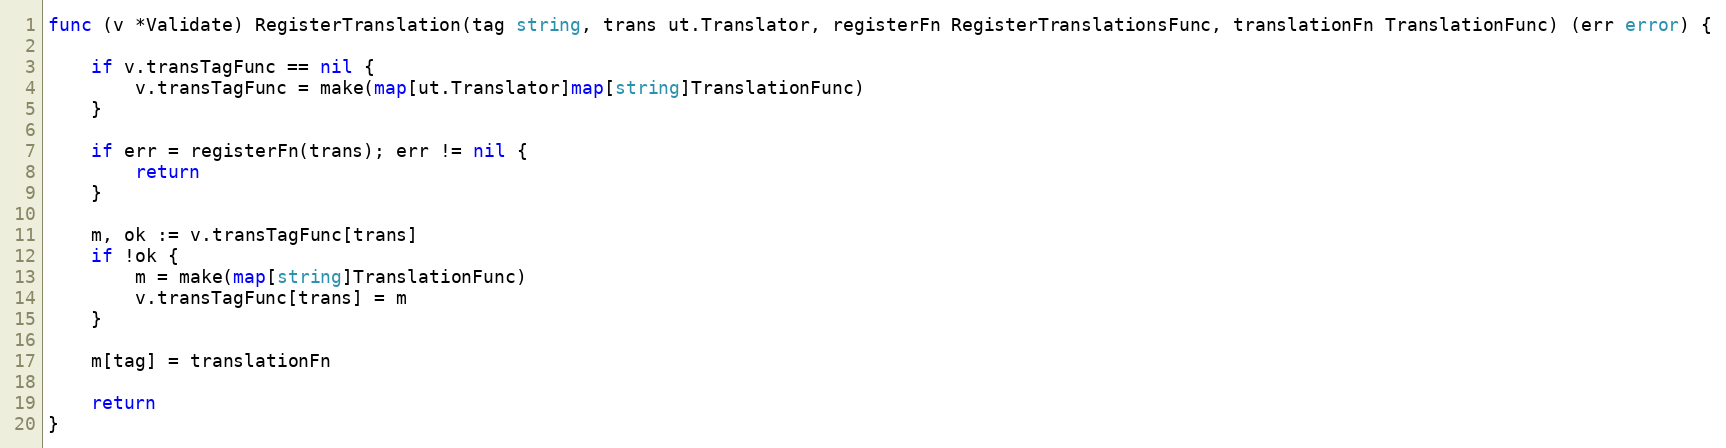
Language: Go
func (v *Validate) RegisterTranslation(tag string, trans ut.Translator, registerFn RegisterTranslationsFunc, translationFn TranslationFunc) (err error) {

	if v.transTagFunc == nil {
		v.transTagFunc = make(map[ut.Translator]map[string]TranslationFunc)
	}

	if err = registerFn(trans); err != nil {
		return
	}

	m, ok := v.transTagFunc[trans]
	if !ok {
		m = make(map[string]TranslationFunc)
		v.transTagFunc[trans] = m
	}

	m[tag] = translationFn

	return
}